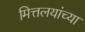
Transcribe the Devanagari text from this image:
मित्तलयांच्या